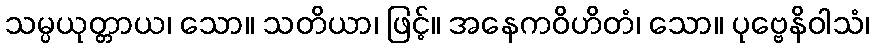
သမ္ပယုတ္တာယ၊ သော။ သတိယာ၊ ဖြင့်။ အနေကဝိဟိတံ၊ သော။ ပုဗ္ဗေနိဝါသံ၊